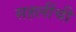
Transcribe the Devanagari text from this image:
सहलींची